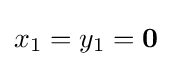
x_{1}=y_{1}={\textbf {0}}